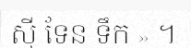
ស៊ី ទែន ទឹក » ។